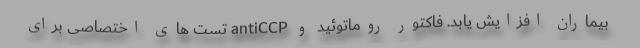
بیماران افزایش یابد. فاکتور روماتوئید و antiCCP تست های اختصاصی برای